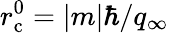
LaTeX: r_{\mathrm{c}}^{0}=|m|\hbar/q_{\infty}